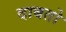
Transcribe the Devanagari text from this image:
दाबतो